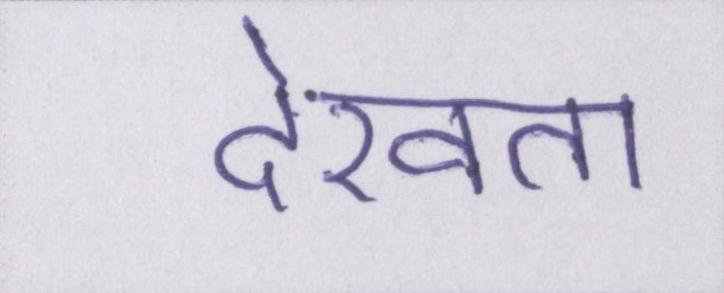
देखता